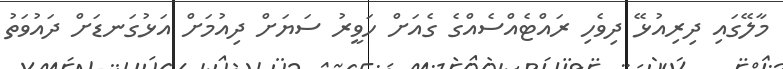
މާލޭގައި ދިރިއުޅޭ ދިވެހި ރައްޓެއްސެއްގެ ގެއަށް ހަވީރު ސަޔަށް ދިއުމަށް އަޅުގަނޑަށް ދައުވަތު